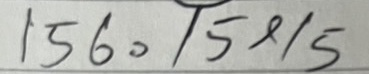
156 = 15x15